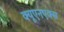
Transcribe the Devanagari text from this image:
क्यूएनएक्स